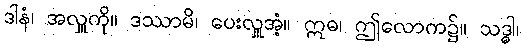
ဒါနံ၊ အလှူကို။ ဒဿာမိ၊ ပေးလှူအံ့။ ဣဓ၊ ဤလောက၌။ သဒ္ဓါ၊